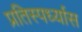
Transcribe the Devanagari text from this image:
प्रतिस्पर्ध्यास